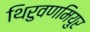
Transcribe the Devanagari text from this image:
थिरुवणमियुर